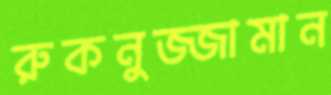
রুকনুজ্জামান